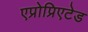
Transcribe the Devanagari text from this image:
एप्रोप्रिएटेड